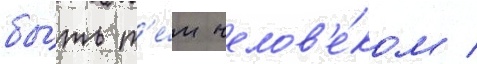
бы́ть т'е́м челов'е́ком /